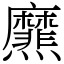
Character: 爢